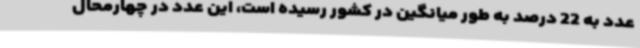
عدد به 22 درصد به طور میانگین در کشور رسیده است، این عدد در چهارمحال